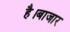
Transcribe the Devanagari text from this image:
है।बाजार